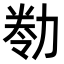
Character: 𠢁